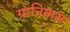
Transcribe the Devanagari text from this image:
ग्रानिकस